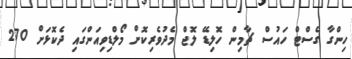
ހިންގާ ގެސްޓް ހައުސް ޗާމިން ހޮލިޑޭ ލޮޖް މެދުވެރިކޮށް މޯލްޑިވިއަންގައި ދެކޮޅަށް 270